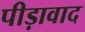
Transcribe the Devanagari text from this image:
पीड़ावाद